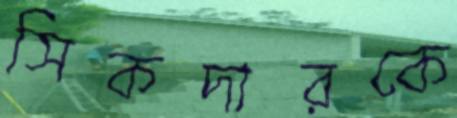
সিকদারকে